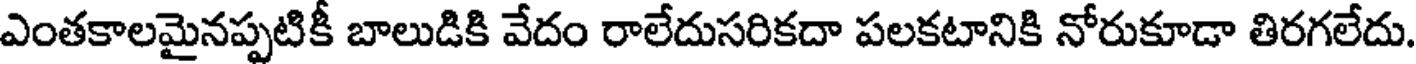
ఎంతకాలమైనప్పటికీ బాలుడికి వేదం రాలేదుసరికదా పలకటానికి నోరుకూడా తిరగలేదు